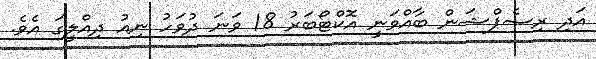
އަދި ރިސެޕްޝަން ބާއްވަނީ އޮކްޓޯބަރު 18 ވަނަ ދުވަހު ނިއު ދިއްލީގަ އެވެ.